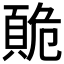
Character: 𲊭